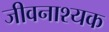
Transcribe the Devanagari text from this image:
जीवनाश्यक